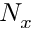
N _ { x }